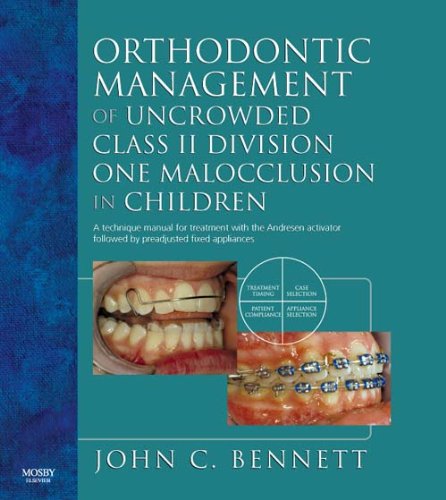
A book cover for Orthodontic Management of Uncrowded Class II Division One Malocclusion in Children, 1e; John C. Bennett FDS  RCS; Medical Books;